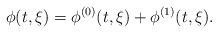
\begin{align*}\phi (t , \xi) = \phi^{(0)} (t , \xi) + \phi^{(1)} (t , \xi). \end{align*}